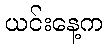
ယင်းနေ့က